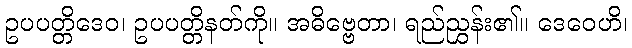
ဥပပတ္တိဒေဝ၊ ဥပပတ္တိနတ်ကို။ အဓိဗ္ဗေတာ၊ ရည်ညွှန်း၏။ ဒေဝေဟိ၊